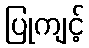
ပြုကျင့်